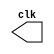
// -------------------------
// Exemplo0041 - F4 
// Nome: Jenifer Henrique
// ------------------------- 

// ---------------------------
// -- test clock generator (1)
// ---------------------------
module clock ( clk );
output clk;
reg clk;
initial
begin
clk = 1'b0;
end
always
begin
#12 clk = ~clk;
end
endmodule // clock ( )
module Exemplo0041;
wire clk;
clock CLK1 ( clk );
initial begin
$dumpfile ( "Exemplo041.vcd" );
$dumpvars;
#120 $finish;
end
endmodule // Exemplo041 ( )